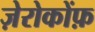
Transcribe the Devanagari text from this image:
ज़ेरोकोंफ़